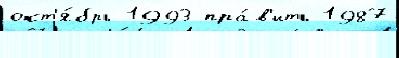
окт'я́брь 1993 пра́в'ить 1987